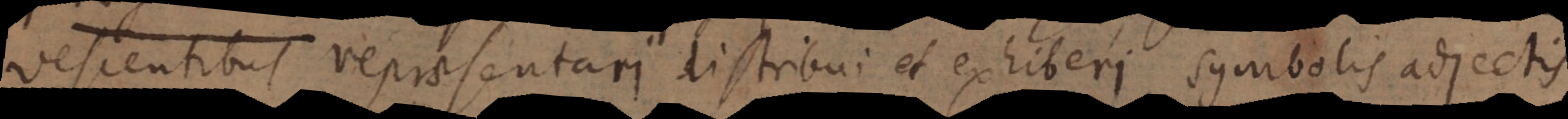
vescentibus repraesentari distribui et exhiberi, symbolis adjectis